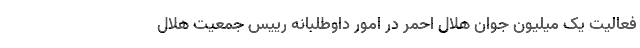
فعالیت یک میلیون جوان هلال احمر در امور داوطلبانه رییس جمعیت هلال